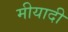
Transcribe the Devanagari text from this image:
मीयादी